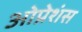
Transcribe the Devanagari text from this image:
ओप्रेशंस